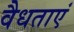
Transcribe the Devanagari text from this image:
वैधताएं